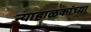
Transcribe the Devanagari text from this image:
न्याहाळकांच्या